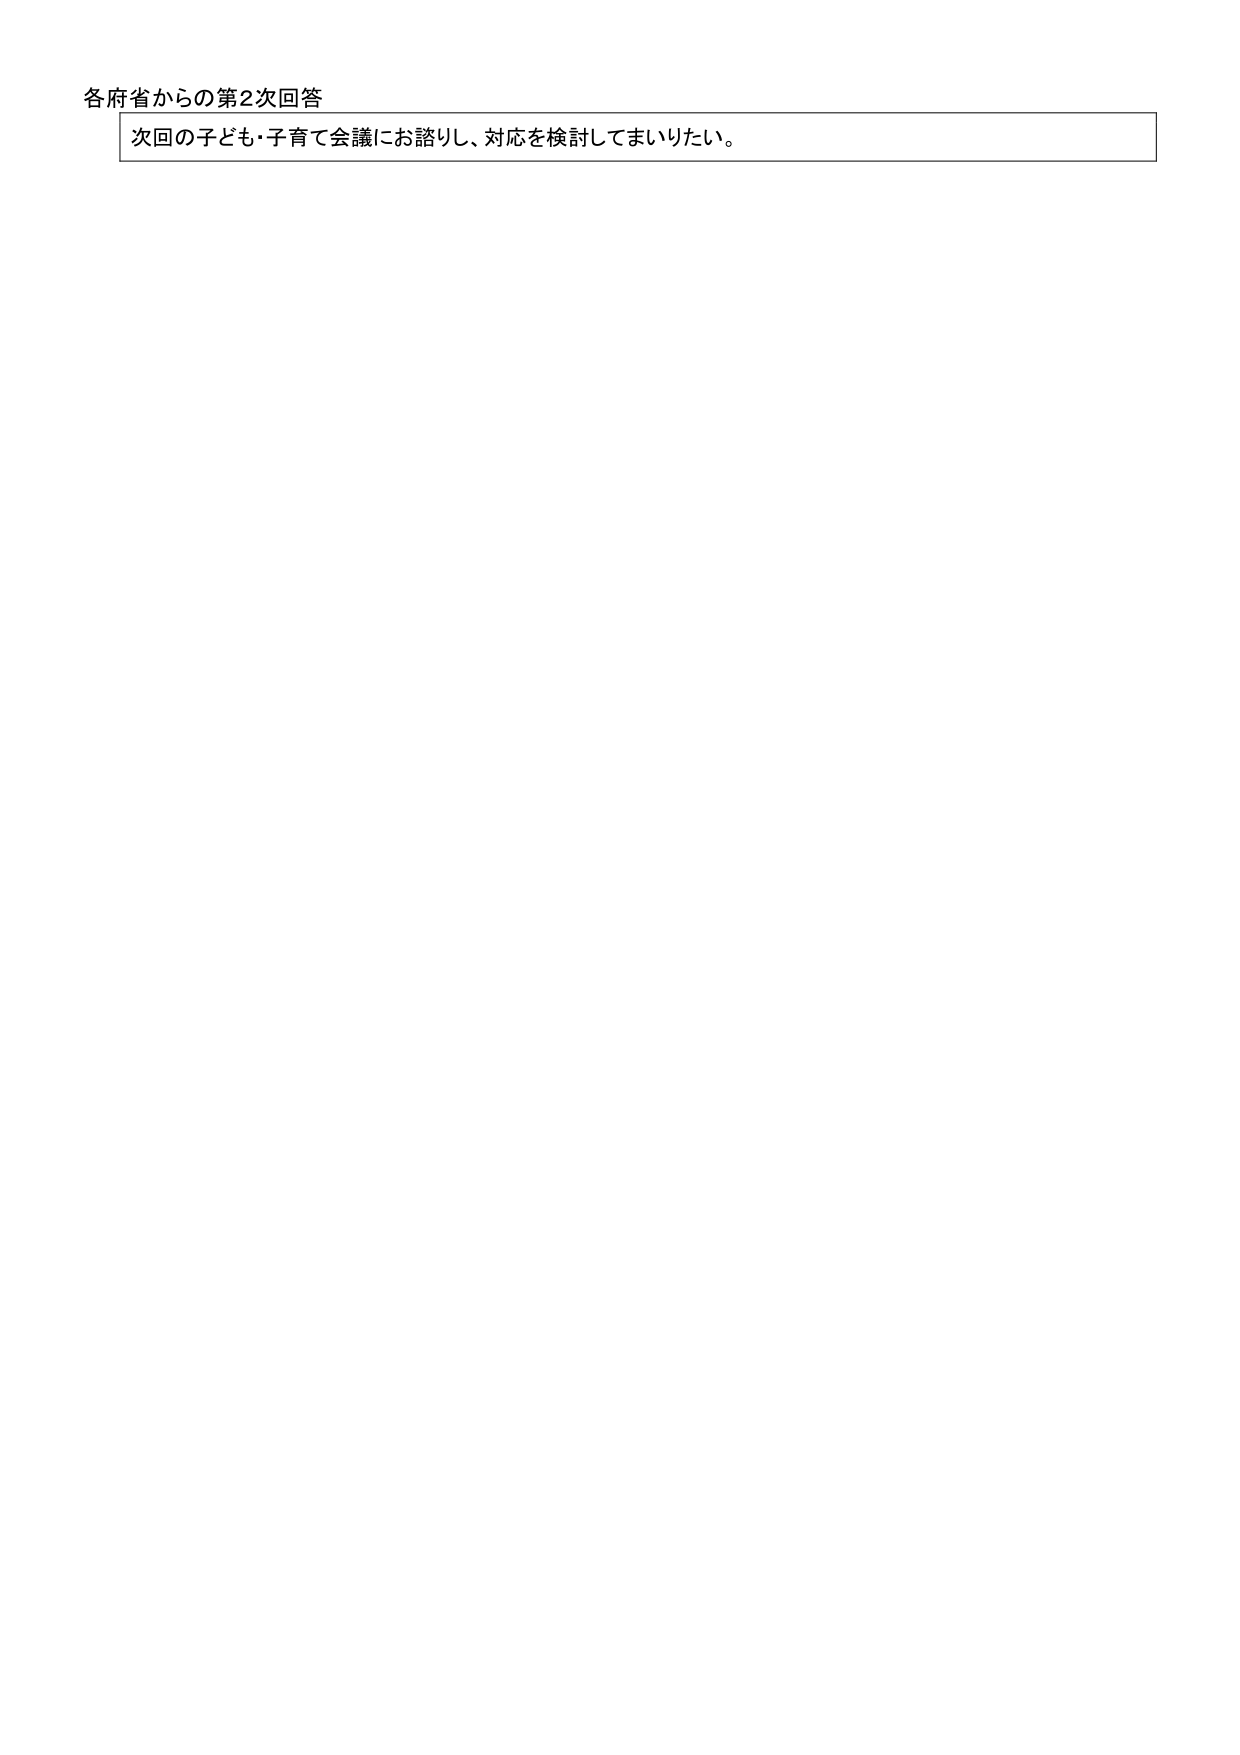
各府省からの第2次回答
次回の子ども・子育て会議にお諮りし、対応を検討してまいりたい。